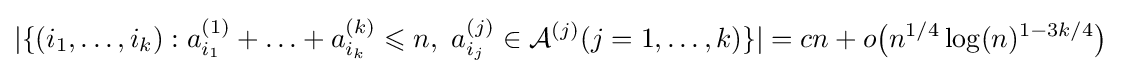
|\{(i_{1},\ldots ,i_{k}):a_{i_{1}}^{(1)}+\ldots +a_{i_{k}}^{(k)}\leqslant n,~a_{i_{j}}^{(j)}\in {\mathcal {A}}^{(j)}(j=1,\ldots ,k)\}|=cn+o{\big (}n^{1/4}\log(n)^{1-3k/4}{\big )}